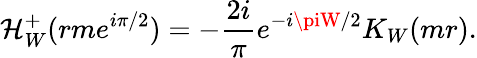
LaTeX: \mathcal{H}_{W}^{+}(rme^{i\pi/2})=-\frac{{2i}}{{\pi}}e^{-i\piW/2}K_{W}(mr).